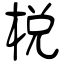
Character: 梲